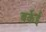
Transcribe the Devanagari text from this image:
बर्केई